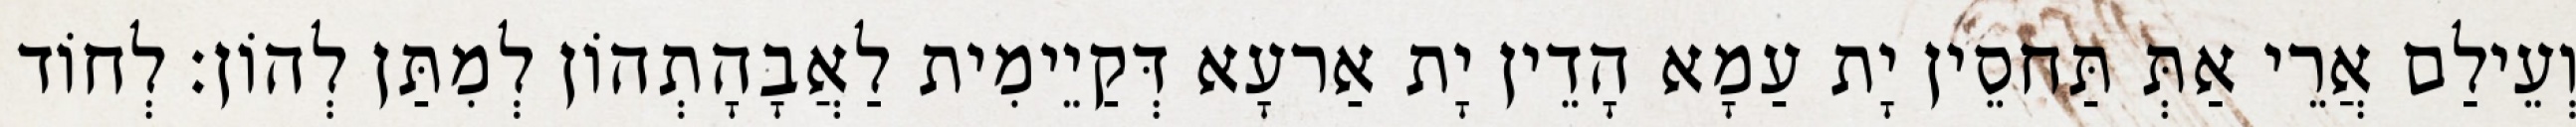
וְעֵילַם אֲרֵי אַתְּ תַּחסֵין יָת עַמָא הָדֵין יָת אַרעָא דְּקַיֵימִית לַאֲבָהָתְהוֹן לְמִתַּן לְהוֹן׃ לְחוֹד